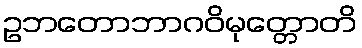
ဥဘတောဘာဂဝိမုတ္တောတိ